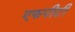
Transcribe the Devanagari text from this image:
एफपीटी